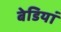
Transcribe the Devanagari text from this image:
बेडियां